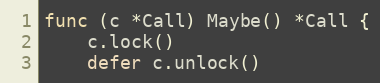
Language: Go
func (c *Call) Maybe() *Call {
	c.lock()
	defer c.unlock()